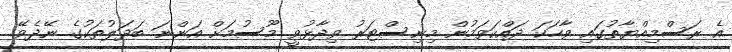
އެ ރަސްމިއްޔާތުގައި ވާހަކަ ދައްކަވަމުން މިނިސްޓަރު ވިދާޅުވީ މޫސުމަށް އަންނަ ބަދަލުތަކުގެ ނޭދެވޭ